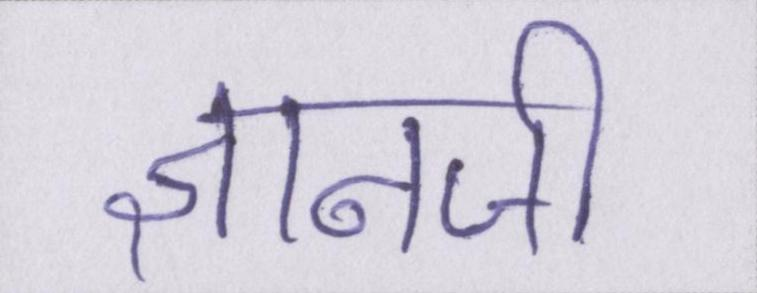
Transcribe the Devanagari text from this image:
ज्ञानजी